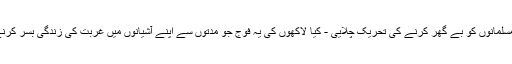
آسام انتخابات میں بی جے پی نے بنگلہ دیشی مسلمانوں کو بے گھر کرنے کی تحریک چلایی - کیا لاکھوں کی یہ فوج جو مدّتوں سے اپنے آشیانوں میں غربت کی زندگی بسر کرنے پر مجبور تھی ،کیا یہ سب بنگلہ دیشی ہیں ؟